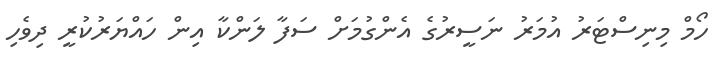
ހޯމް މިނިސްޓަރު އުމަރު ނަސީރުގެ އެންގުމަށް ސަފާ ލަންކާ އިން ހައްޔަރުކުރީ ދިވެހި